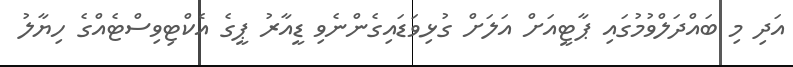
އަދި މި ބައްދަލްވުމުގައި ޕާޓީއަށް އަލަށް ގުޅިވަޑައިގެންނެވި ޑީއާރު ޕީގެ އެކްޓިވިސްޓެއްގެ ހިޔާލު